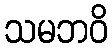
သမဘဝိ